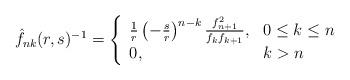
LaTeX: \begin{align*}\hat{f}_{nk}(r,s)^{-1}= \left\{ \begin{array}{ll} \frac{1}{r}\left( -\frac{s}{r}\right)^{n-k} \frac{f_{n+1}^{2}}{f_{k}f_{k+1}} , & 0 \leq k \leq n \\ 0 , & k>n \end{array} \right. \end{align*}